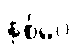
နှစ်ပေ